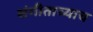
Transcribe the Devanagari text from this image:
संगीताच्याच